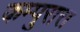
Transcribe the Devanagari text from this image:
कम्पुरात्त